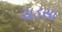
ચડસા